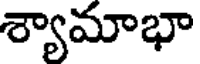
శ్యామాభా